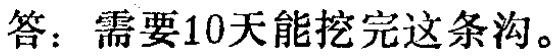
答：需要10天能挖完这条沟。